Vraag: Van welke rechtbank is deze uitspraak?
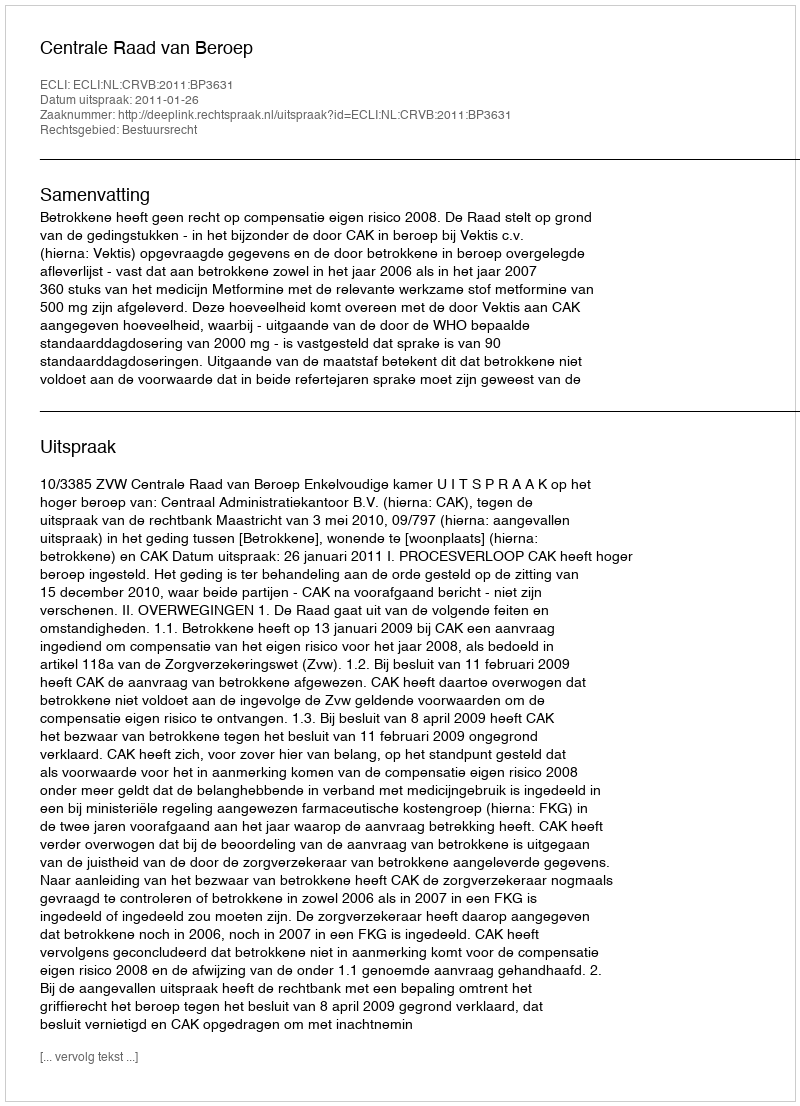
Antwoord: Centrale Raad van Beroep